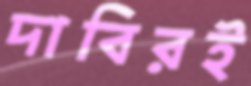
দাবিরই